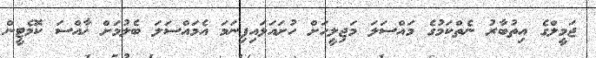
ޖަމީލްގެ އިތުބާރު ނެތްކަމުގެ މައްސަލަ މަޖިލީހަށް ހުށައަޅައިފިނަމަ އެމައްސަލަ ބެލުމަށް ޚާއްސަ ކޮމެޓީން